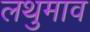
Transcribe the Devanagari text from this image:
लथुमाव